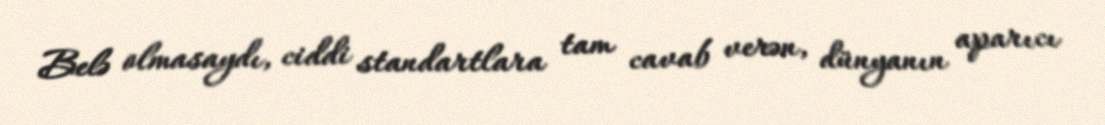
Belə olmasaydı, ciddi standartlara tam cavab verən, dünyanın aparıcı